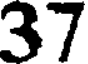
37